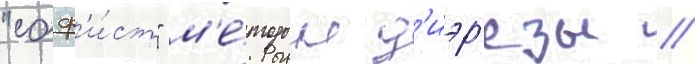
"соф'и́ст" м'е́тодом д'иэр'езы /